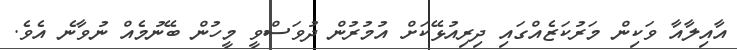
އާއިލާއާ ވަކިން މަރުކަޒެއްގައި ދިރިއުޅޭކަށް އުމުރުން ދުވަސްވީ މީހުން ބޭނުމެއް ނުވާނެ އެވެ.